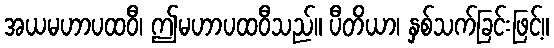
အယမဟာပထဝီ၊ ဤမဟာပထဝီသည်။ ပီတိယာ၊ နှစ်သက်ခြင်းဖြင့်။